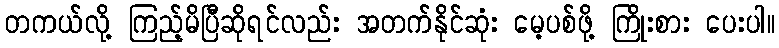
တကယ်လို့ ကြည့်မိပြီဆိုရင်လည်း အတက်နိုင်ဆုံး မေ့ပစ်ဖို့ ကြိုးစား ပေးပါ။